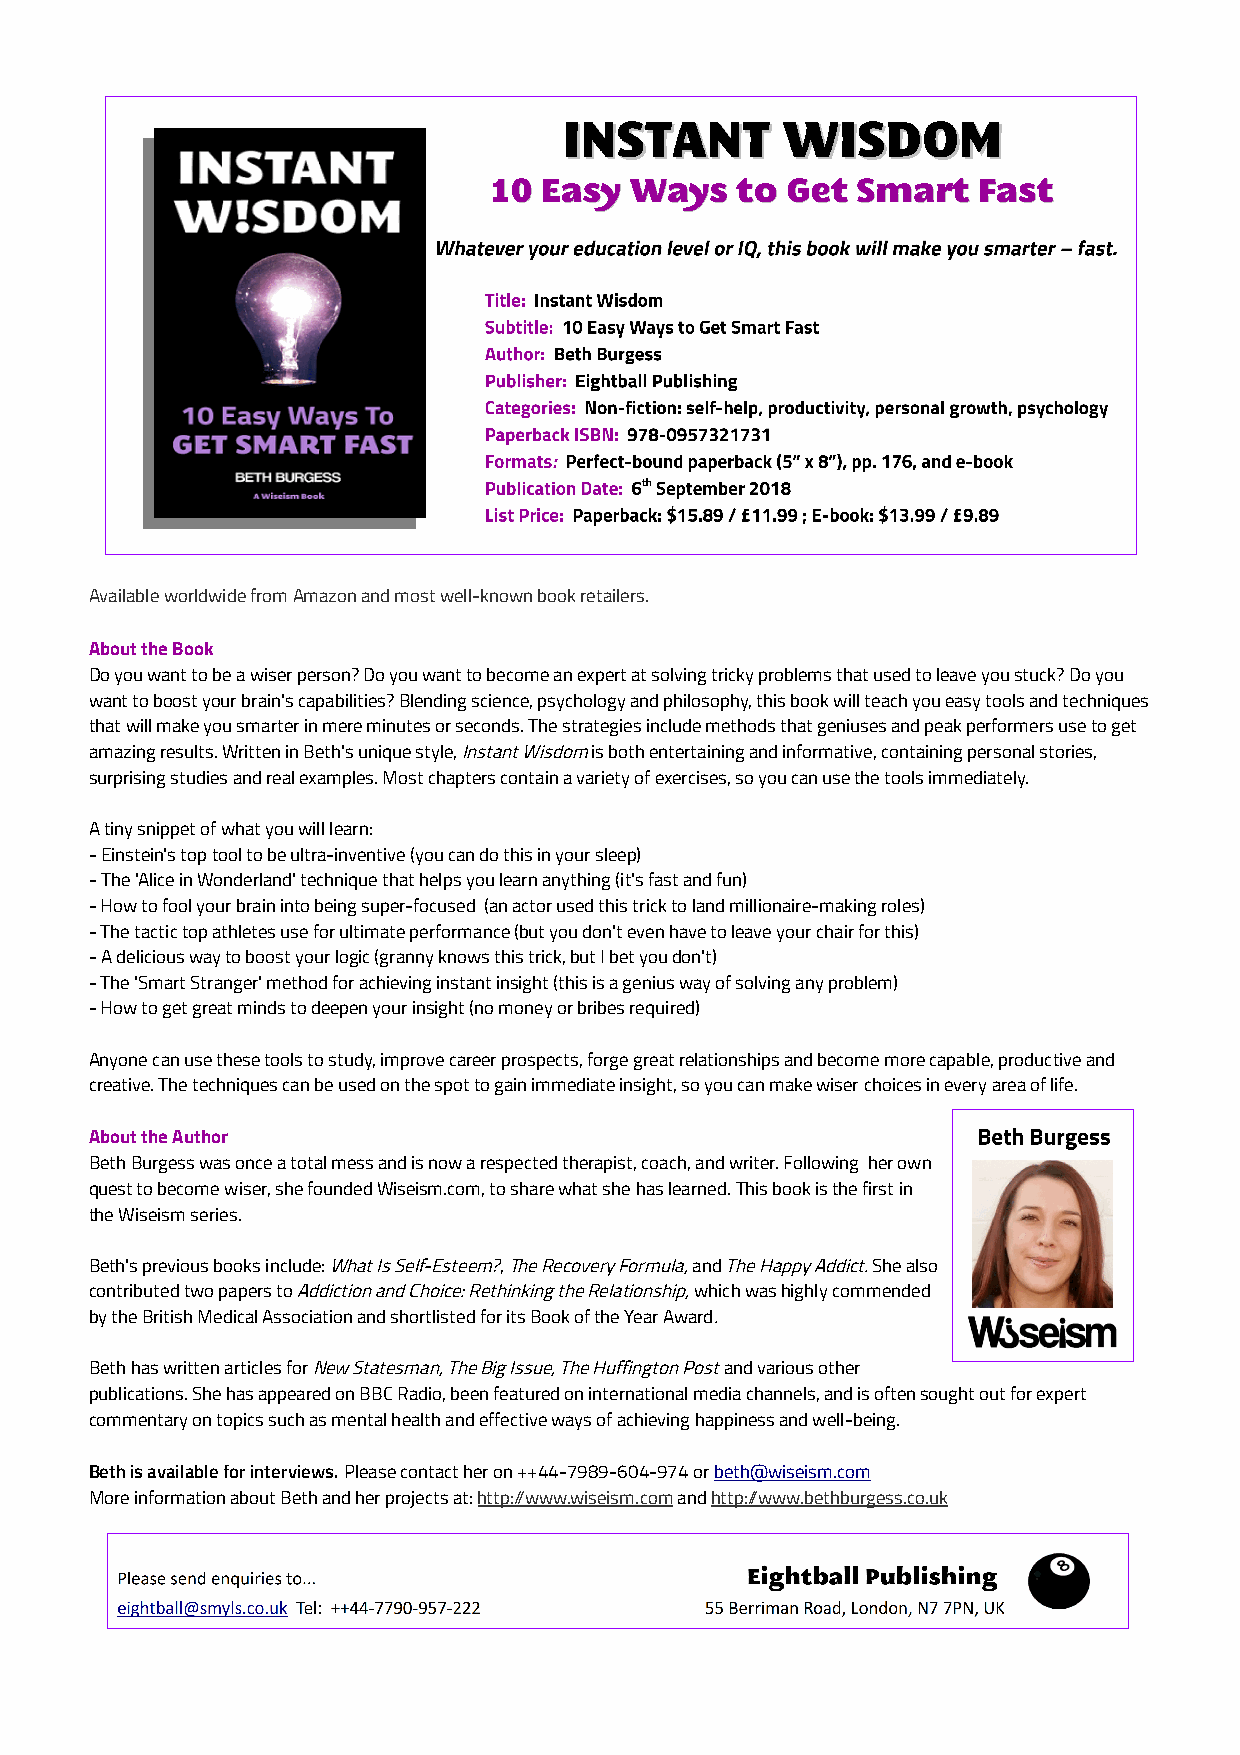
Available worldwide from Amazon and most well-known book retailers.
 About the Book
 Do you want to be a wiser person? Do you want to become an expert at solving tricky problems that used to leave you stuck? Do you
 want to boost your brain's capabilities? Blending science, psychology and philosophy, this book will teach you easy tools and techniques
 that will make you smarter in mere minutes or seconds. The strategies include methods that geniuses and peak performers use to get
 amazing results. Written in Beth's unique style, Instant Wisdom is both entertaining and informative, containing personal stories,
 surprising studies and real examples. Most chapters contain a variety of exercises, so you can use the tools immediately.
 A tiny snippet of what you will learn:
 - Einstein's top tool to be ultra-inventive (you can do this in your sleep)
 - The 'Alice in Wonderland' technique that helps you learn anything (it's fast and fun)
 - How to fool your brain into being super-focused (an actor used this trick to land millionaire-making roles)
 - The tactic top athletes use for ultimate performance (but you don't even have to leave your chair for this)
 - A delicious way to boost your logic (granny knows this trick, but I bet you don't)
 - The 'Smart Stranger' method for achieving instant insight (this is a genius way of solving any problem)
 - How to get great minds to deepen your insight (no money or bribes required)
 Anyone can use these tools to study, improve career prospects, forge great relationships and become more capable, productive and
 creative. The techniques can be used on the spot to gain immediate insight, so you can make wiser choices in every area of life.
 About the Author
 Beth Burgess was once a total mess and is now a respected therapist, coach, and writer. Following her own
 quest to become wiser, she founded Wiseism.com, to share what she has learned. This book is the first in
 the Wiseism series.
 Beth's previous books include: What Is Self-Esteem?, The Recovery Formula, and The Happy Addict. She also
 contributed two papers to Addiction and Choice: Rethinking the Relationship, which was highly commended
 by the British Medical Association and shortlisted for its Book of the Year Award.
 Beth has written articles for New Statesman, The Big Issue, The Huffington Post and various other
 publications. She has appeared on BBC Radio, been featured on international media channels, and is often sought out for expert
 commentary on topics such as mental health and effective ways of achieving happiness and well-being.
 Beth is available for interviews. Please contact her on ++44-7989-604-974 or beth@wiseism.com
 More information about Beth and her projects at: http://www.wiseism.com and http://www.bethburgess.co.uk